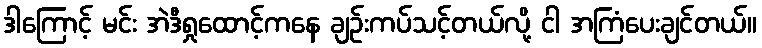
ဒါကြောင့် မင်း အဲဒီရှုထောင့်ကနေ ချဉ်းကပ်သင့်တယ်လို့ ငါ အကြံပေးချင်တယ်။